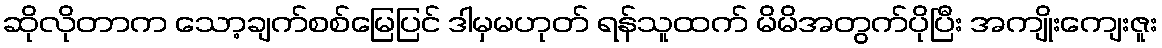
ဆိုလိုတာက သော့ချက်စစ်မြေပြင် ဒါမှမဟုတ် ရန်သူထက် မိမိအတွက်ပိုပြီး အကျိုးကျေးဇူး